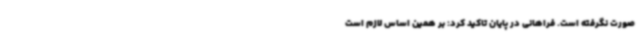
صورت نگرفته است. فراهانی در پایان تاکید کرد: بر همین اساس لازم است